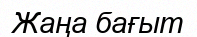
Жаңа бағыт